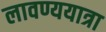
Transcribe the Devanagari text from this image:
लावण्ययात्रा